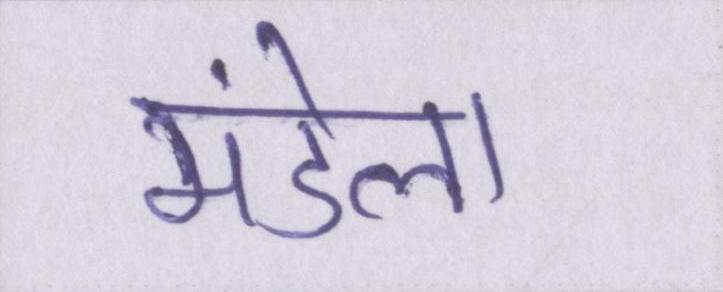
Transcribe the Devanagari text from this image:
मंडेला